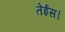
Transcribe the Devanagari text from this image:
तेईस।